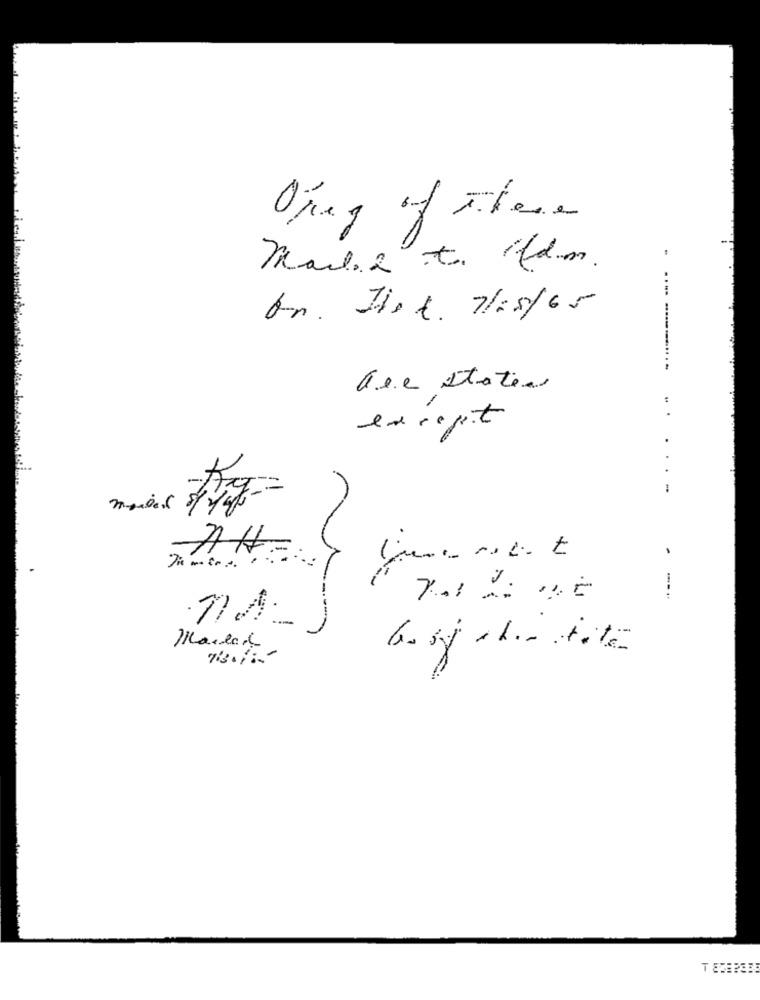
Ojeg of These
Maille to fdm.
On. Jist. 7/05/65
... ---.....
Gee staten
. .
except
.
..
N
-
-
--..
73. 11.